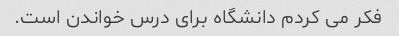
فکر می کردم دانشگاه برای درس خواندن است.